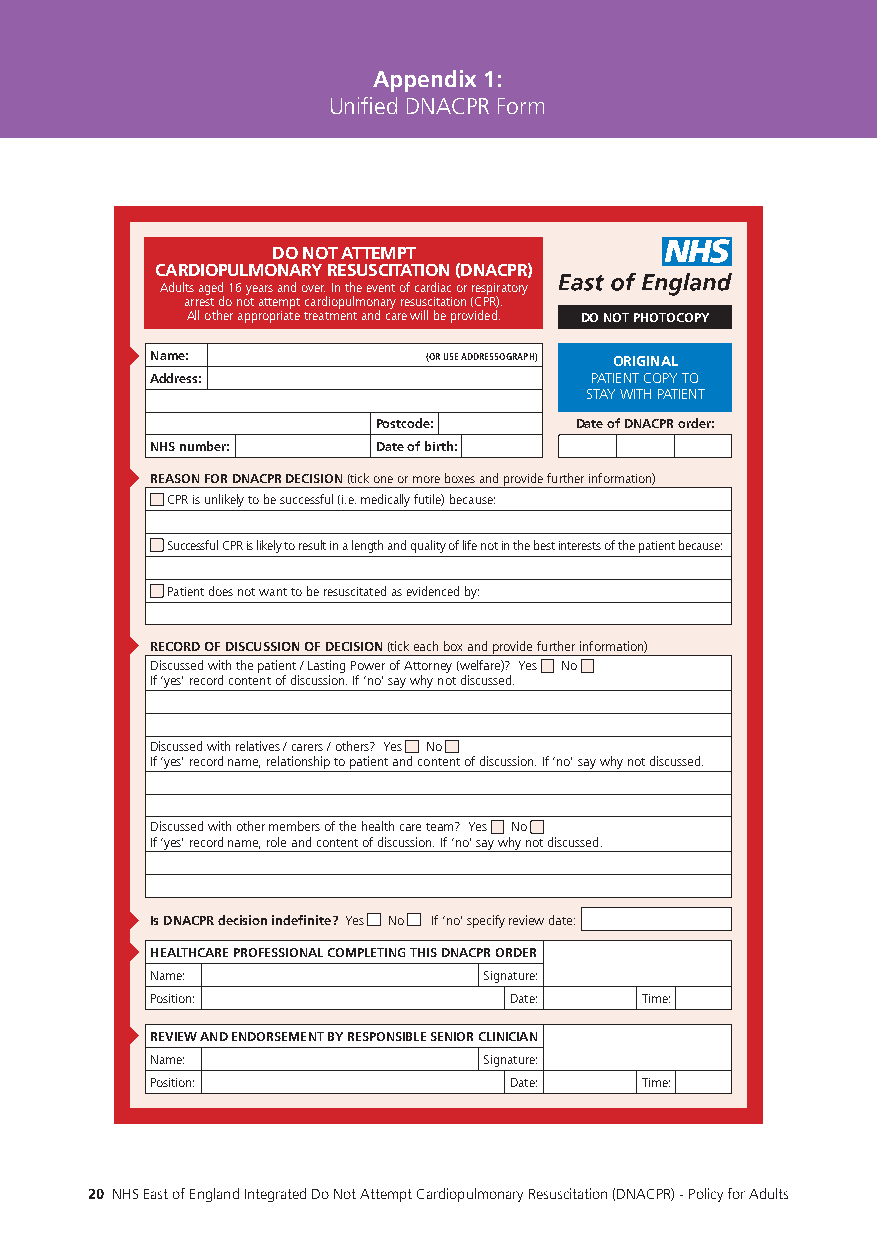
Appendix 1:
 Unified DNACPR Form
 DO NOT ATTEMPT
 CARDIOPULMONARY RESUSCITATION (DNACPR)
 Adults aged 16 years and over. In the event of cardiac or respiratory
 arrest do not attempt cardiopulmonary resuscitation (CPR).
 All other appropriate treatment and care will be provided. DO NOT PHOTOCOPY
 Name:             (OR USE ADDRESSOGRAPH) ORIGINAL
 Address:                     PATIENT COPY TO
 STAY WITH PATIENT
 Postcode:    Date of DNACPR order:
 NHS number:    Date of birth:
 REASON FOR DNACPR DECISION (tick one or more boxes and provide further information)
 CPR is unlikely to be successful (i.e. medically futile) because:
 Successful CPR is likely to result in a length and quality of life not in the best interests of the patient because:
 Patient does not want to be resuscitated as evidenced by:
 RECORD OF DISCUSSION OF DECISION (tick each box and provide further information)
 Discussed with the patient / Lasting Power of Attorney (welfare)? Yes No
 If ‘yes’ record content of discussion. If ‘no’ say why not discussed.
 Discussed with relatives / carers / others? Yes No
 If ‘yes’ record name, relationship to patient and content of discussion. If ‘no’ say why not discussed.
 Discussed with other members of the health care team? Yes No
 If ‘yes’ record name, role and content of discussion. If ‘no’ say why not discussed.
 Is DNACPR decision indefinite? Yes No If ‘no’ specify review date:
 HEALTHCARE PROFESSIONAL COMPLETING THIS DNACPR ORDER
 Name:                 Signature:
 Position:               Date:   Time:
 REVIEW AND ENDORSEMENT BY RESPONSIBLE SENIOR CLINICIAN
 Name:                 Signature:
 Position:               Date:   Time:
 20 NHS East of England Integrated Do Not Attempt Cardiopulmonary Resuscitation (DNACPR) - Policy for Adults 21 NHS East of England Integrated Do Not Attempt Cardiopulmonary Resuscitation (DNACPR) - Policy for Adults